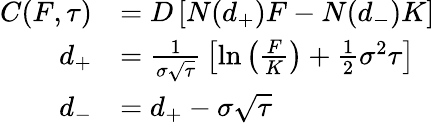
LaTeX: {\begin{array}{rl}{C(F,\tau)}&{=D\left[N(d_{+})F-N(d_{-})K\right]}\\ {d_{+}}&{={\frac{1}{\sigma{\sqrt{\tau}}}}\left[\ln\left({\frac{F}{K}}\right)+{\frac{1}{2}}\sigma^{2}\tau\right]}\\ {d_{-}}&{=d_{+}-\sigma{\sqrt{\tau}}}\end{array}}